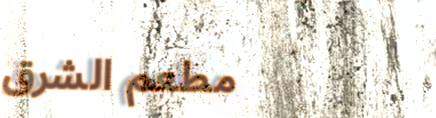
مطعم الشرق